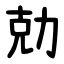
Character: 勀